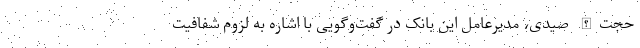
حجت‌الله صیدی، مدیرعامل این بانک در گفت‌وگویی با اشاره به لزوم شفافیت